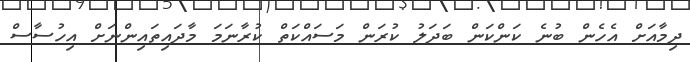
ދިމާއަށް އެހެން ބުނެ ކަންކަން ބަދަލު ކުރަން މަސައްކަތް ކުރާނަމަ މާދައިތައިންނަށް އިހުސާސް